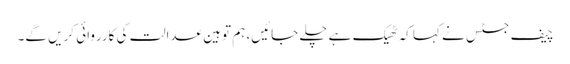
چیف جسٹس نے کہا کہ ٹھیک ہے چلے جائیں، ہم توہین عدالت کی کارروائی کریں گے۔